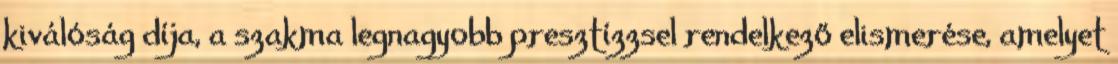
kiválóság díja, a szakma legnagyobb presztízzsel rendelkező elismerése, amelyet